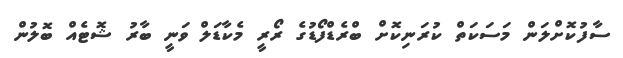
ސާފުކޮށްލަން މަސަކަތް ކުރަނިކޮށް ބްރެޑްފޯޑުގެ ރޯރީ މެކާޑަލް ވަނީ ބާރު ޝޮޓެއް ބޮލުން